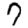
Digit: 7